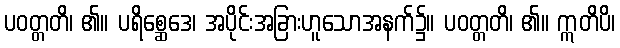
ပဝတ္တတိ၊ ၏။ ပရိစ္ဆေဒေ၊ အပိုင်းအခြားဟူသောအနက်၌။ ပဝတ္တတိ၊ ၏။ ဣတိပိ၊